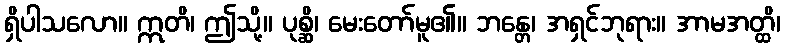
ရှိပါသလော။ ဣတိ၊ ဤသို့။ ပုစ္ဆိ၊ မေးတော်မူ၏။ ဘန္တေ၊ အရှင်ဘုရား။ အာမအတ္ထိ၊